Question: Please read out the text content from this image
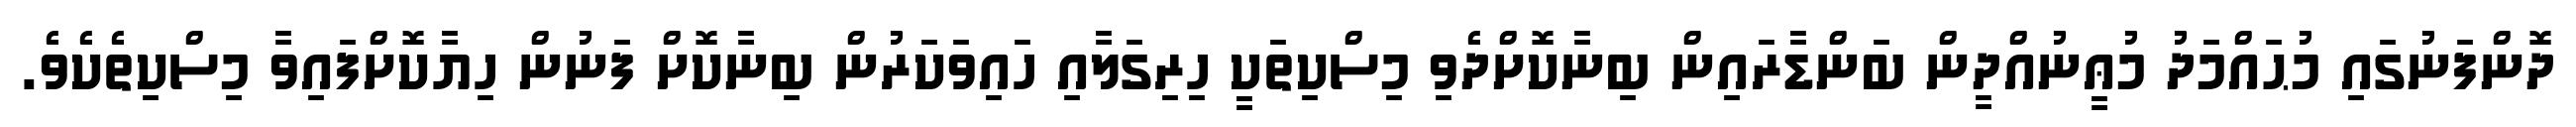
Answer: ދޮންފަނުގައި މުޙައްމަދު މުޢީނުއްދީން ބަންޑާރައިން ބިނާކޮށްދެވި މިސްކިތަކީ ހިރިގަލާއި ހައިވަކަރުން ބިނާކޮށް ފަނުން ހިޔާކޮށްފައިވާ މިސްކިތެކެވެ.